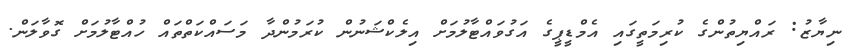
ނިޔާޒު: ރައްޔިތުންގެ ކުރިމަތީގައި އެމްޑީޕީގެ އަގުވައްޓާލުމަށް އިލެކްޝަނުން ކުރަމުންދާ މަސައްކަތްތައް ހުއްޓާލުމަށް ގޮވާލަން.